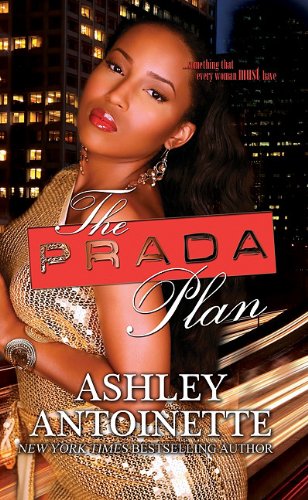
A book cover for The Prada Plan; Ashley Antoinette; Mystery, Thriller & Suspense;